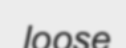
loose